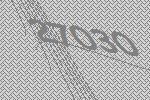
27030